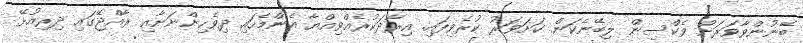
ބޭނުންވާވަރަށް ވެކްސިން ލިބޭނެކަން ކަށަވަރު ކުރެވިފައި. އިރާދަކުރެއްވިއްޔާ އެންމެހައި ދިވެހިންނަށާއި ރާއްޖޭގައި ދިރިއުޅޭ